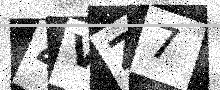
Text: 4VZ7